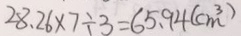
2 8 . 2 6 \times 7 \div 3 = 6 5 . 9 4 ( c m ^ { 3 } )